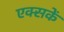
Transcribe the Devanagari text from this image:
एक्सकें